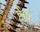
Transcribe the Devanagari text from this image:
हेमो